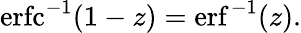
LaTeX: \operatorname{erfc}^{-1}(1-z)=\operatorname{erf}^{-1}(z).